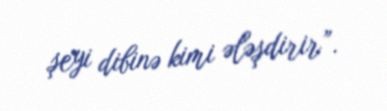
şeyi dibinə kimi ələşdirir”.